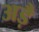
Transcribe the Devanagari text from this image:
अड़ै